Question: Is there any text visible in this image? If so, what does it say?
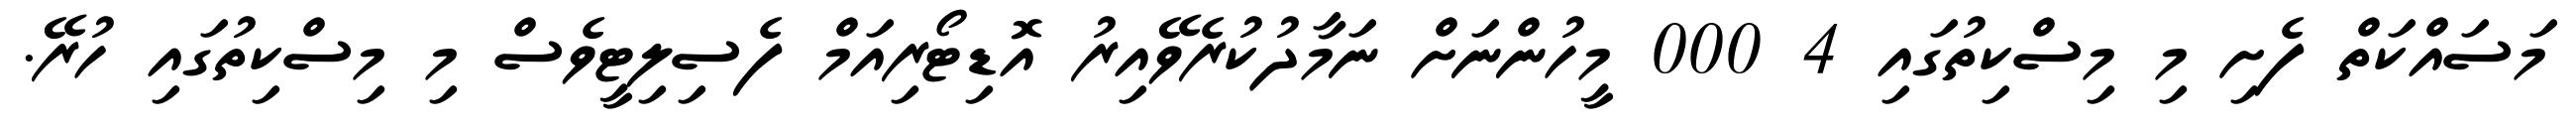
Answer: މަސައްކަތް ފެށި މި މިސްކިތުގައި 4 000 މީހުންނަށް ނަމާދުކުރެވޭއިރު އޮޑިޓޯރިއަމް ފެސިލިޓީވެސް މި މިސްކިތުގައި ހުރޭ.